Civil Veterinary Department. Madras. Admin. report 1926-33 - 1926-1933
Year: 1926
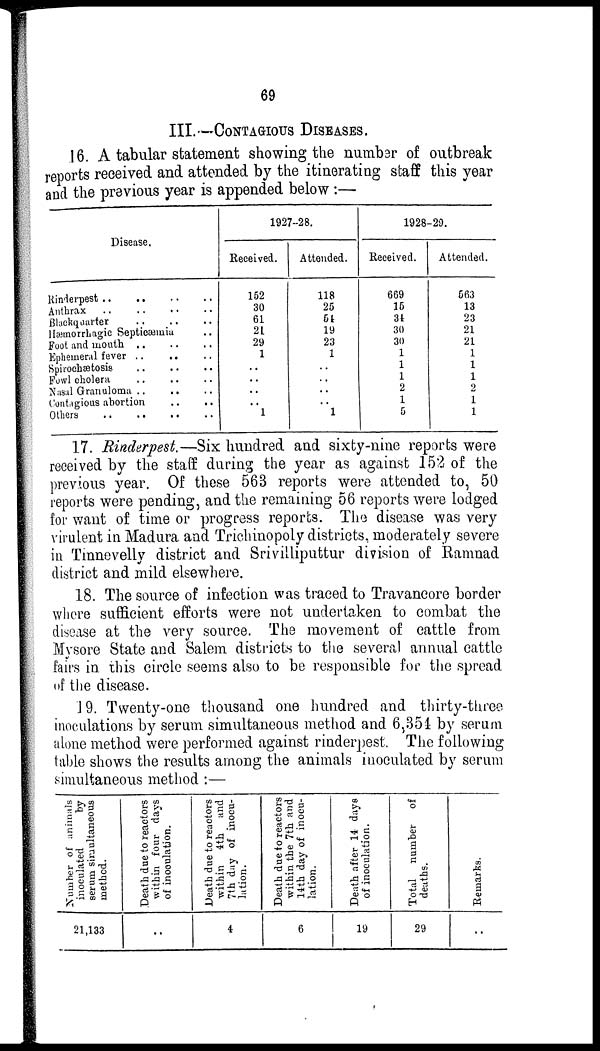
69
III.—CONTAGIOUS DISEASES.
16. A tabular statement showing the number of outbreak
reports received and attended by the itinerating staff this year
and the previous year is appended below:—
Disease.
Rinderpest
..
..
..
..
Anthrax
..
..
..
..
Blackquarter .. .. ..
Hæmorrhagic Septicæmia ..
Foot and mouth
..
..
..
Ephemeral fever
..
..
..
Spirochætosis .. .. ..
Fowl cholera .. .. ..
Nasal Granuloma
..
..
..
Contagious abortion
..
..
Others
..
..
..
..
1927-28.
Received.
152
30
61
21
29
1
..
..
..
..
1
Attended.
118
25
54
19
23
1
..
..
..
..
1
1928-29.
Received.
669
15
34
30
30
1
1
1
2
1
5
Attended.
563
13
23
21
21
1
1
1
2
1
1
17. Rinderpest.—Six hundred, and sixty-nine reports were
received by the staff during the year as against 152 of the
previous year. Of these 568 reports were attended to, 50
reports were pending, and the remaining 56 reports were lodged
for want of time or progress reports. The disease was very
virulent in Madura and Trichinopoly districts, moderately severe
in Tinnevelly district and Srivilliputtur division of Ramnad
district and mild elsewhere.
18. The source of infection was traced to Travancore border
where sufficient efforts were not undertaken to combat the
disease at the very source. The movement of cattle from
Mysore State and Salem districts to the several annual cattle
fairs in this circle seems also to be responsible for the spread
of the disease.
19. Twenty-one thousand one hundred and thirty-three
inoculations by serum simultaneous method and 6,354 by serum
alone method were performed against rinderpest. The following
table shows the results among the animals inoculated by serum
simultaneous method:—
Number of animals
inoculated
by
serum simultaneous
method.
21,133
Death due to reactors
within four days
of inoculation.
..
Death due to reactors
within 4th and
7th day of inocu-
lation.
4
Death due to reactors
within the 7th and
14th day of inocu-
lation.
6
Death after 14 days
of inoculation.
19
Total number of
deaths.
29
Remarks.